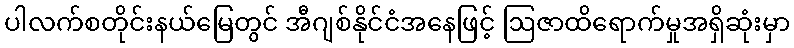
ပါလက်စတိုင်းနယ်မြေတွင် အီဂျစ်နိုင်ငံအနေဖြင့် ဩဇာထိရောက်မှုအရှိဆုံးမှာ